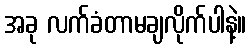
အခု လက်ခံတာမချလိုက်ပါနဲ့။